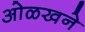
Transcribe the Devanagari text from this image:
ओळखने